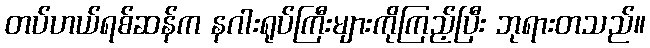
တပ်ဟယ်ရစ်ဆန်က နဂါးရုပ်ကြီးများကိုကြည့်ပြီး ဘုရားတသည်။